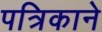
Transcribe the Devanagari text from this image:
पत्रिकाने